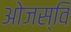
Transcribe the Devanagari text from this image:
ओजस्वि